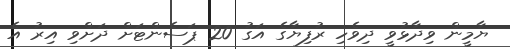
ޔާމީން ވިދާޅުވީ ދިވެހި ރުފިޔާގެ އަގު 20 ޕަސެންޓަށް ދަށްވި އިރު އެ